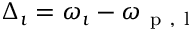
\Delta _ { \imath } = \omega _ { \imath } - \omega _ { \mathrm { ~ p ~ } , \mathrm { ~ l ~ } }